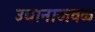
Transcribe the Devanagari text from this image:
उद्यानाजवळ